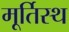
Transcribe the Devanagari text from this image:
मूर्तिस्थ